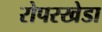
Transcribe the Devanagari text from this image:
रोपरखेडा